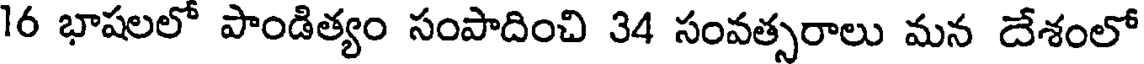
16 భాషలలో పాండిత్యం సంపాదించి 34 సంవత్సరాలు మన దేశంలో